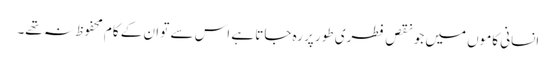
انسانی کاموں میں جو نقص فطری طور پر رہ جاتا ہے اس سے تو ان کے کام محفوظ نہ تھے۔